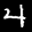
Label: 4